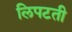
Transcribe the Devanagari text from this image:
लिपटती